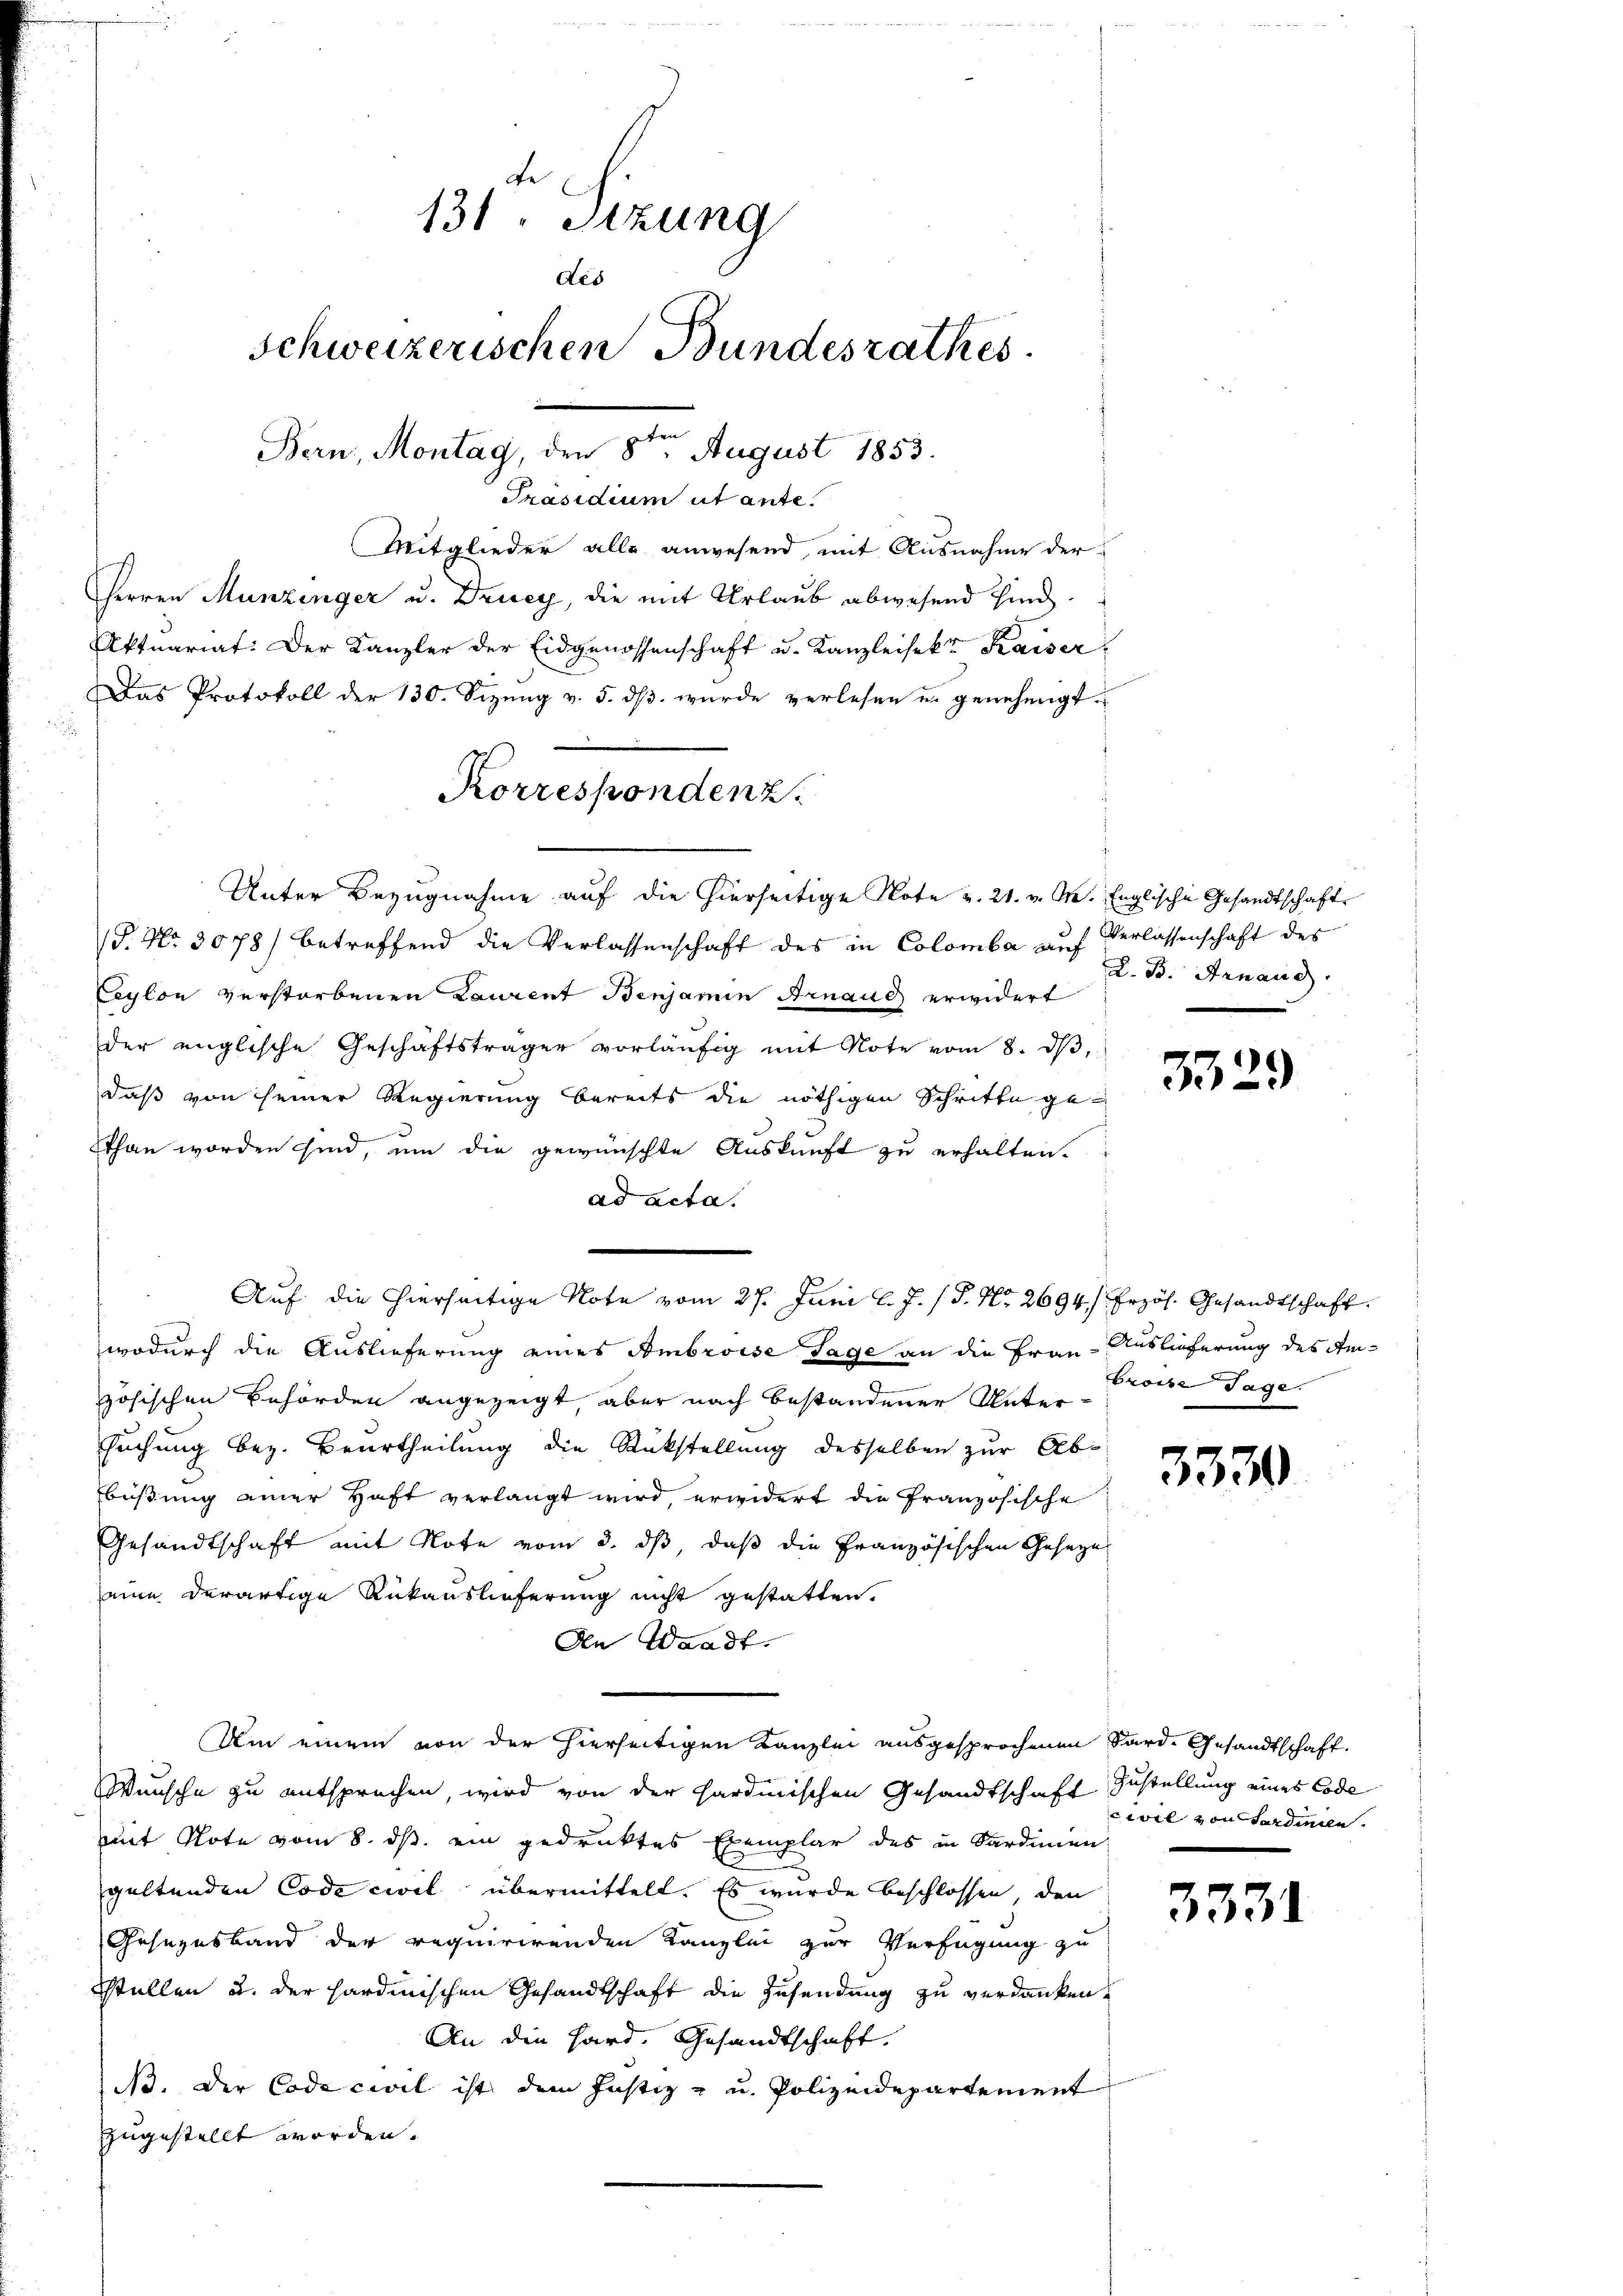
131 Sizung
des
Schweizerischen Bundesrathes
Bern, Montag, den 8ten August 1853.
Präsidium ut ante.

Mitglieder alle anwesend, mit Ausnahme der
Herren Munzinger u. Drucy, die mit Urlaub abwesend sind.
Aktuariat: Der Kanzler der Eidgenossenschaft u. Kanzleisekt Kaiser
Das Protokoll der 130. Sizung v. 5. ds. wurde verlesen u. genehmigt.
18. No. 3078) betreffend die Verlassenschaft des in Colomba auf Verlassenschaft des
eylon verstorbenen Laurent Benjamin Arnaus erwidert
der englische Geschäftsträger vorläufig mit Note vom 8. ds,
daß von seiner Regierung bereits die nöthigen Schritte gethan worden sind, um die gewünschte Auskunft zu erhalten.
ad acta.
e
wodurch die Auslieferung eines Ambroise Tage an die Frau Auslieferung des Anösischen Behörden angezeigt, aber nach bestandener Unter-
suchung bez. Beurtheilung die Rückstellung desselben zur Abbüßung einer Haft verlangt wird, erwidert die französische
Gesandtschaft mit Note vom 3. ds, daß die Französischen Gesetze
eine derartige Rükauslieferung nicht gestatten.
An Waadt.
Um einem von der hierseitigen Kanzlei ausgesprochenen Sard. Gesandtschaft
Wünsche zu entsprechen, wird von der Hardmischen Gesandtschaft Zustellung eines Code
mit Note vom 8. ds. ein gedruktes Exemplar des in Sardinien
geltenden Code civil übermittelt. Es wurde beschlossen, den
Gesezesband der requirirenden Kanzlei zur Verfügung zu
stellen u. der sardinischen Gesandtschaft die Zusendung zu verdanken,
An die Hard. Gesandtschaft.
N. Der Code civil ist dem Justiz u u. Polizeidepartement
zugestellt worden.

Korrespondenz.
Unter Bezugnahme auf die hierseitige Note v. 21. v. M. Englische Gesandtschaft

Auf die hierseitige Note vom 27. Juni l. J. J. No. 2694/ frzös. Gesandtschaft

D. B. Arnand

3329

Proise Tage.

3330

civil von Ferdinien.

3331